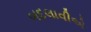
બદલાવીએ